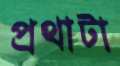
প্রথাটা